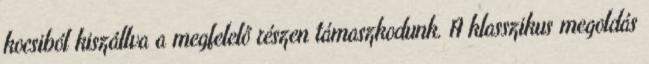
kocsiból kiszállva a megfelelő részen támaszkodunk. A klasszikus megoldás